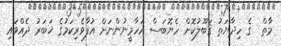
މާތް  ގެ ހިދާޔަތު ޤަބޫލުކޮށް ހެޔޮބަސް އަހާމީނުންނަށް އުފާވެރިކަމުގެ ޚަބަރު ދެއްވައި